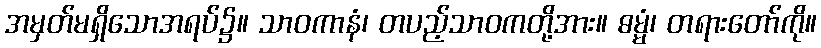
အမှတ်မရှိသောအရပ်၌။ သာဝကာနံ၊ တပည့်သာဝကတို့အား။ ဓမ္မံ၊ တရားတော်ကို။